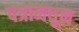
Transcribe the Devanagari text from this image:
पत्रामधून